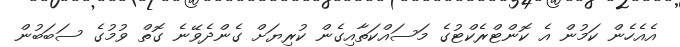
އެއެހެން ކަމުން އެ ކޮންޓްރެކްޓުގެ މަސައްކަތާއިގެން ކުރިޔަށް ގެންދެވޭނެ ގޮތް ވުމުގެ ސަބަބުން